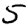
Digit: 5